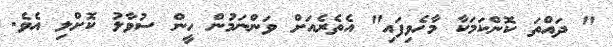
" ދައްތަ ކޮންކަމަކާ މާހެވިފައި" އެތެރެއަށް ވަންނަމުން ހީން ސުވާލު ކޮށްލި އެވެ.